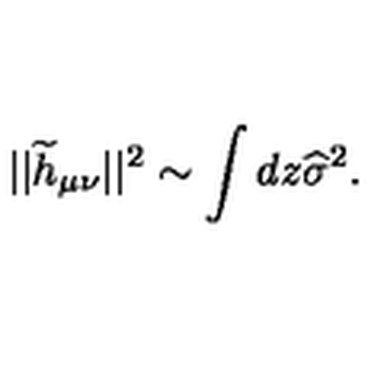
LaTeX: | | { \widetilde h } _ { \mu \nu } | | ^ { 2 } \sim \int d z { \widehat \sigma } ^ { 2 } .